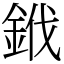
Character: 䤦